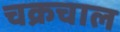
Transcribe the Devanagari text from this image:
चक्रचाल